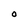
Character: O